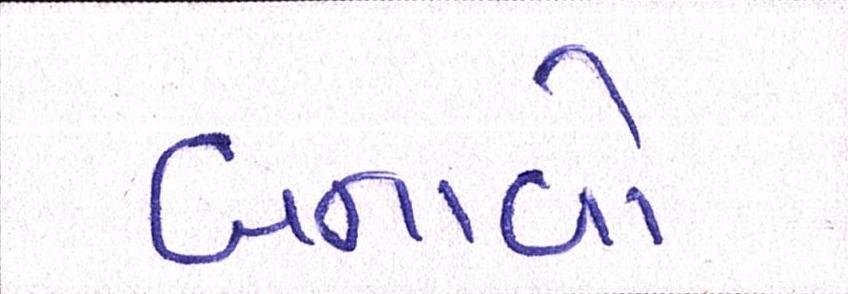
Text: બનાવો